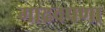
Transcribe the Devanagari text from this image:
गाढवपणा